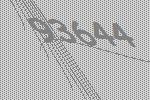
93644